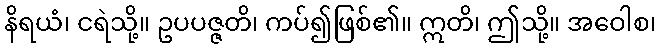
နိရယံ၊ ငရဲသို့။ ဥပပဇ္ဇတိ၊ ကပ်၍ဖြစ်၏။ ဣတိ၊ ဤသို့။ အဝေါစ၊